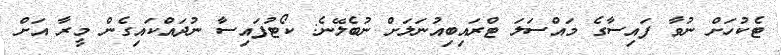
ޓެކުހަށް ނުވާ ފައިސާގެ މައްސަލަ ޓްރައިބިއުނަލަށް ނުބެލޭނެ: ކޯޓުފައިސާ ނުދައްކައިގެން މީރާ އަށް